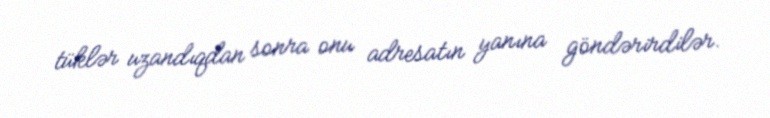
tüklər uzandıqdan sonra onu adresatın yanına göndərirdilər.